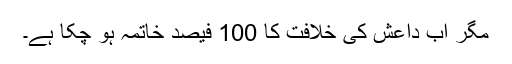
مگر اب داعش کی خلافت کا 100 فیصد خاتمہ ہو چکا ہے۔